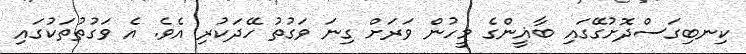
ކިނބިގަސްދޮށުގޭގައި ބާޣީންގެ މީހުން ވަރަށް ގިނަ ވަގުުތު ހޭދަކުރި އެވެ. އެ ވަގުތުތަކުގައި